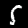
Digit: 5